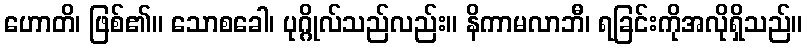
ဟောတိ၊ ဖြစ်၏။ သောစခေါ၊ ပုဂ္ဂိုလ်သည်လည်း။ နိကာမလာဘီ၊ ရခြင်းကိုအလိုရှိသည်။